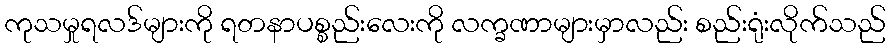
ကုသမှုရလဒ်များကို ရတနာပစ္စည်းလေးကို လက္ခဏာများမှာလည်း စည်းရုံးလိုက်သည်